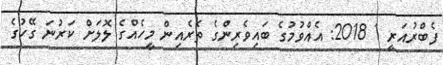
ފެބްރުއަރީ 1 2018: އެއްވުމުގެ ބައިވެރިންގެ ތެރެއިން މީހެއްގެ ލޮލަށް ކަރުނަ ގޭހުގެ